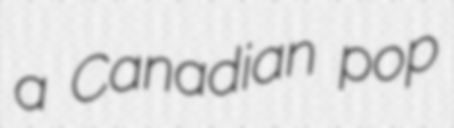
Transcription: a Canadian pop